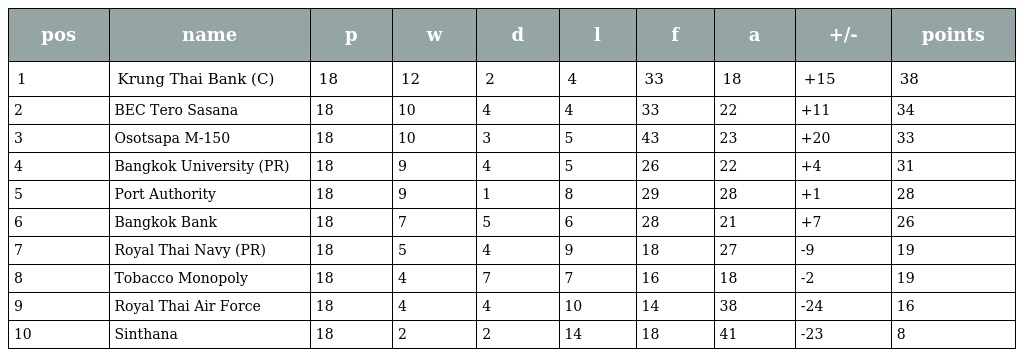
| pos | name | p | w | d | l | f | a | +/- | points |
 | --- | --- | --- | --- | --- | --- | --- | --- | --- | --- |
 | 1 | Krung Thai Bank (C) | 18 | 12 | 2 | 4 | 33 | 18 | +15 | 38 |
 | 2 | BEC Tero Sasana | 18 | 10 | 4 | 4 | 33 | 22 | +11 | 34 |
 | 3 | Osotsapa M-150 | 18 | 10 | 3 | 5 | 43 | 23 | +20 | 33 |
 | 4 | Bangkok University (PR) | 18 | 9 | 4 | 5 | 26 | 22 | +4 | 31 |
 | 5 | Port Authority | 18 | 9 | 1 | 8 | 29 | 28 | +1 | 28 |
 | 6 | Bangkok Bank | 18 | 7 | 5 | 6 | 28 | 21 | +7 | 26 |
 | 7 | Royal Thai Navy (PR) | 18 | 5 | 4 | 9 | 18 | 27 | -9 | 19 |
 | 8 | Tobacco Monopoly | 18 | 4 | 7 | 7 | 16 | 18 | -2 | 19 |
 | 9 | Royal Thai Air Force | 18 | 4 | 4 | 10 | 14 | 38 | -24 | 16 |
 | 10 | Sinthana | 18 | 2 | 2 | 14 | 18 | 41 | -23 | 8 |